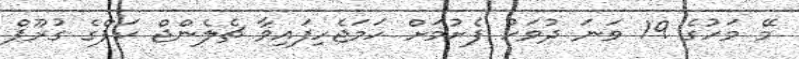
މޭ މަހުގެ 19 ވަނަ ދުވަހު ފެށުމަށް ހަމަޖެހިފައިވާ ޗެލެންޖް ކަޕްގެ ގުރޫޕް